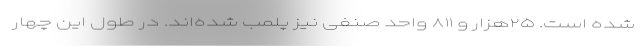
شده است. ۲۵هزار و ۸۱۱ واحد صنفی نیز پلمب شده‌اند. در طول این چهار